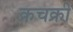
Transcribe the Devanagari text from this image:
क्रचक्री